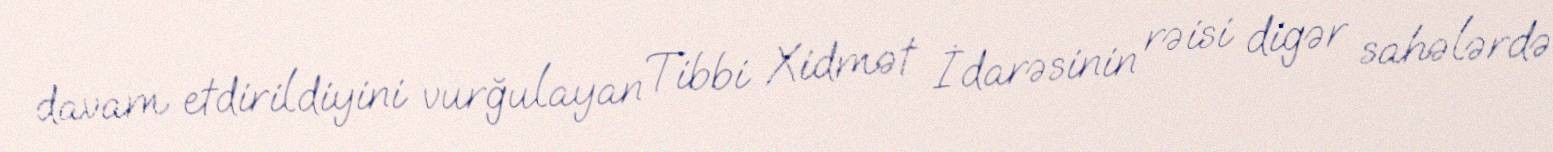
davam etdirildiyini vurğulayan Tibbi Xidmət İdarəsinin rəisi digər sahələrdə